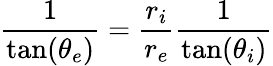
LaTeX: \frac{1}{\tan(\theta_{e})}=\frac{r_{i}}{r_{e}}\frac{1}{\tan(\theta_{i})}